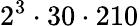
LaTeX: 2^{3}\cdot 30\cdot 210